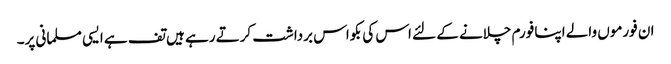
ان فورموں والے اپنا فورم چلانے کے لئے اس کی بکواس برداشت کرتے رہے ہیں تف ہے ایسی مسلمانی پر۔